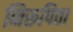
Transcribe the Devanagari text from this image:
निरूपिता